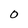
Character: O